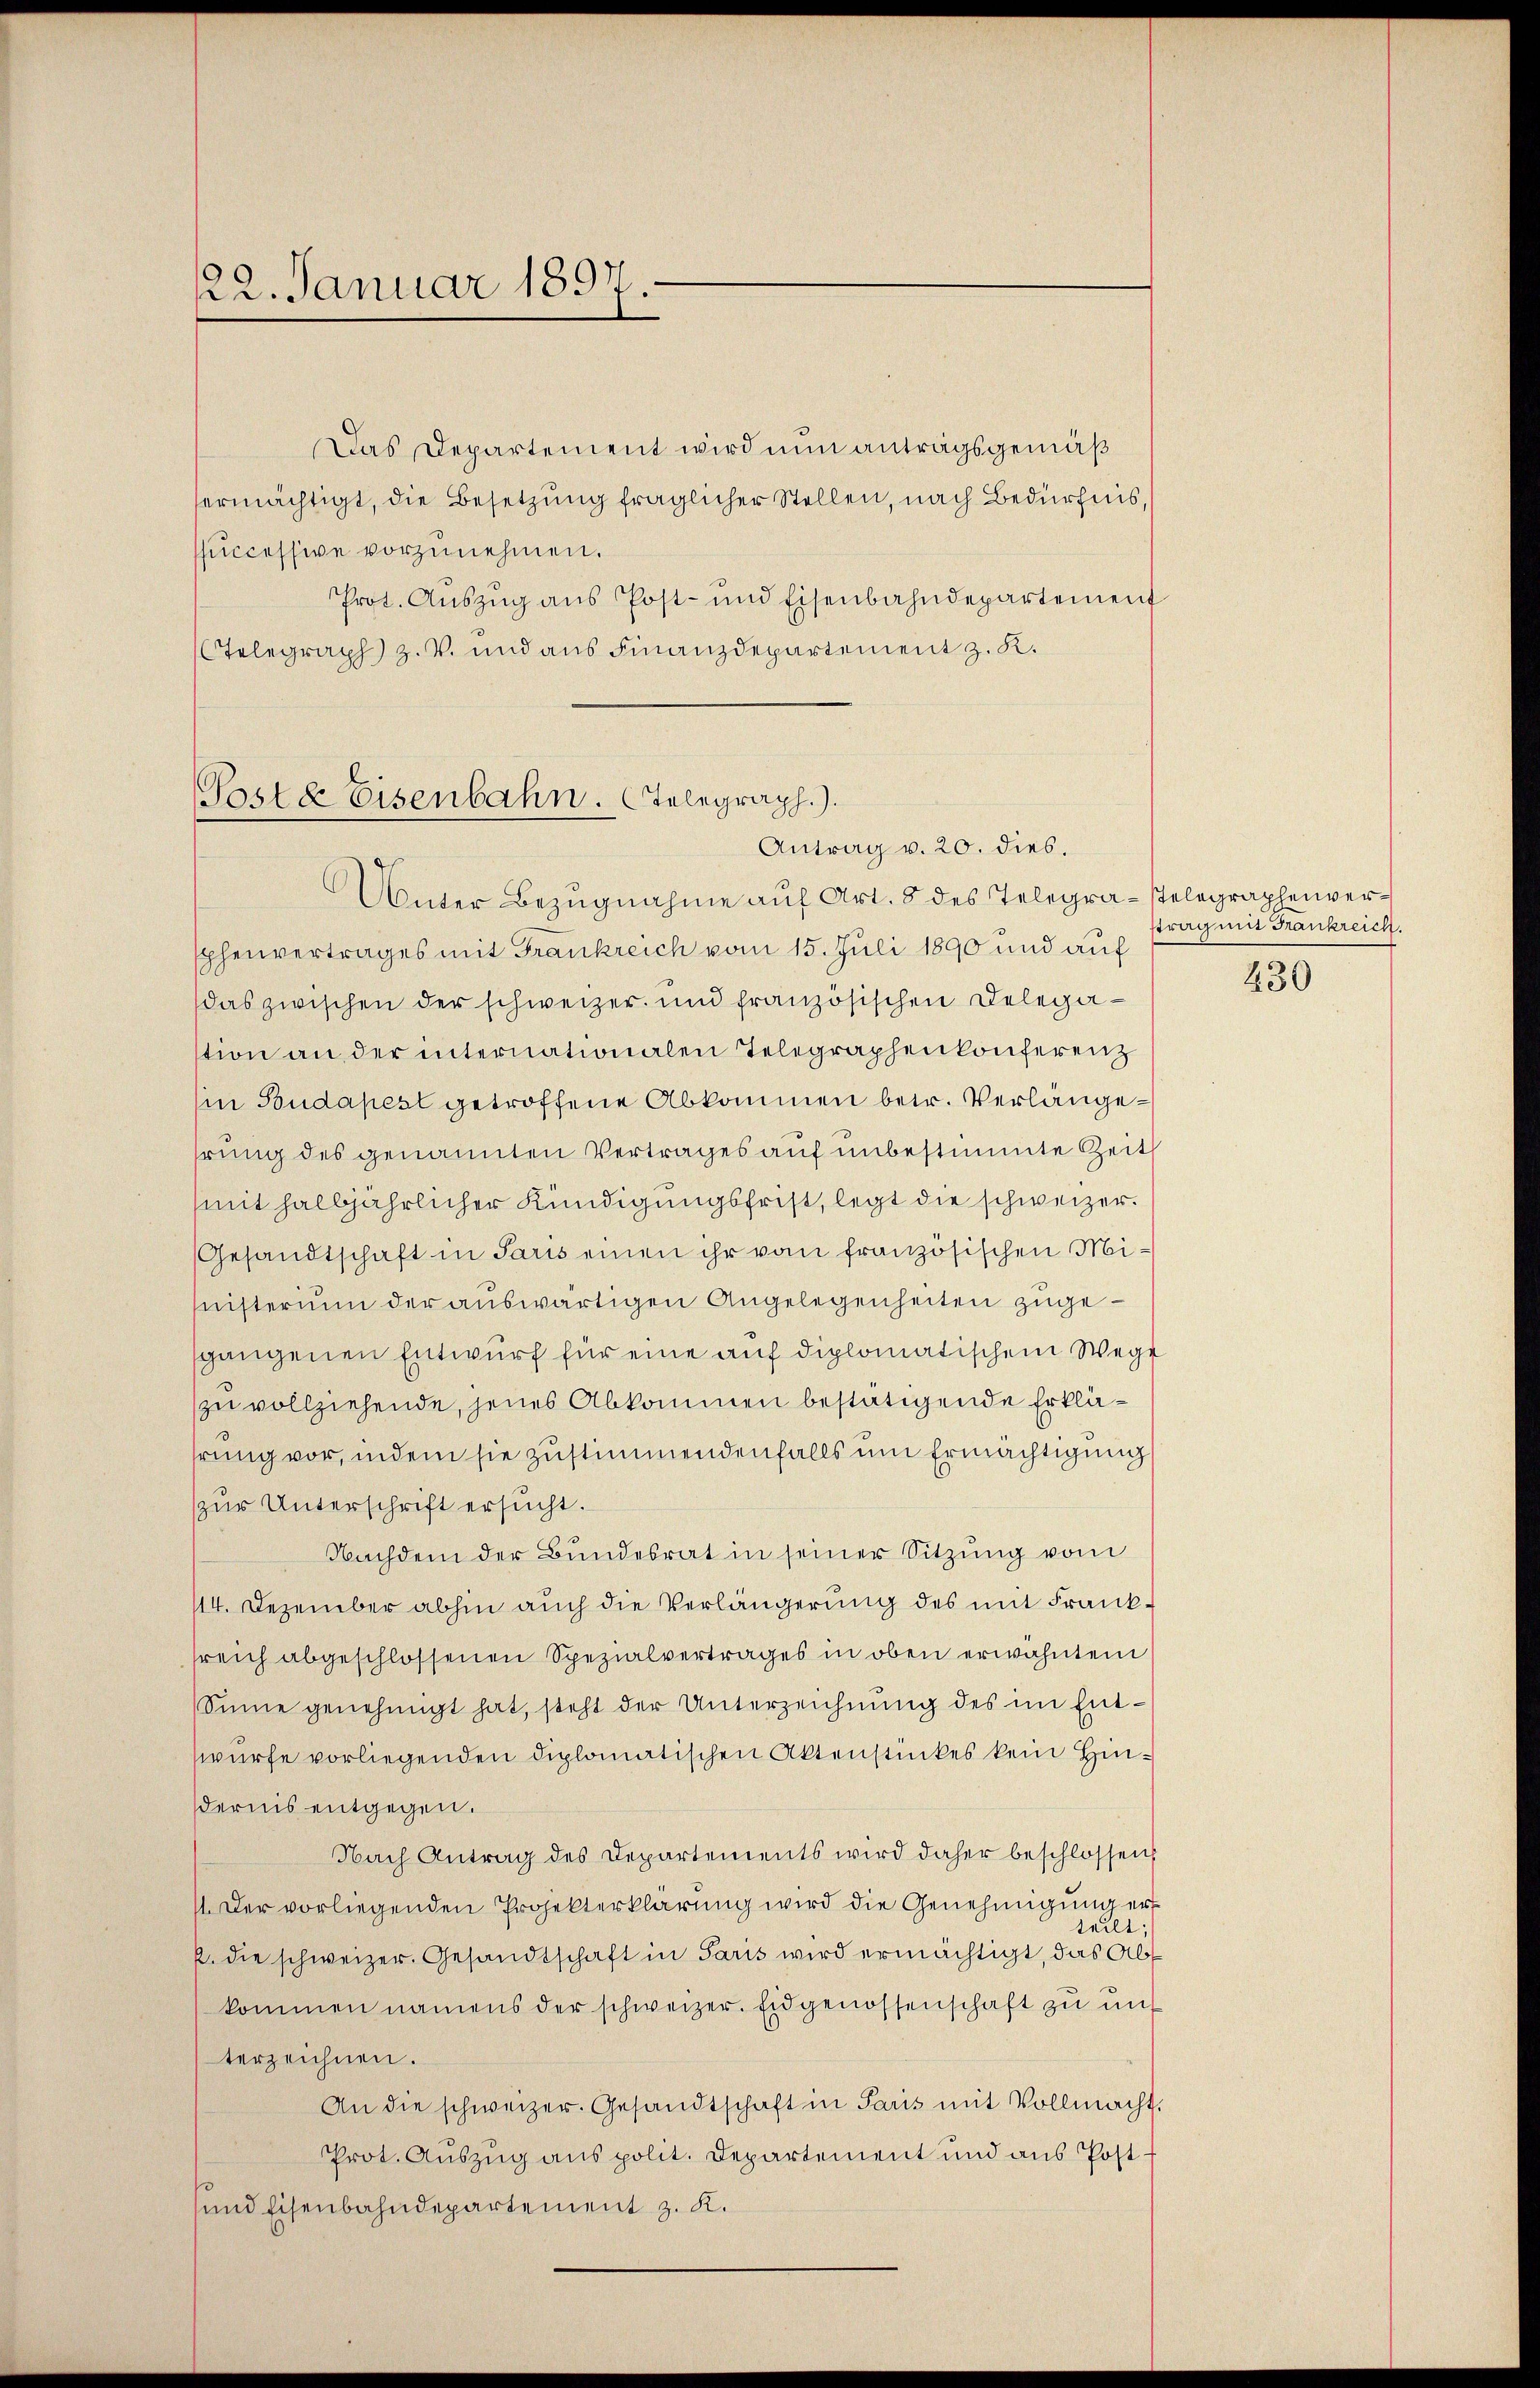
22. Januar 1897.

Das Departement wird nun antragsgemäß
ermächtigt, die Besetzung fraglicher Stellen, nach Bedürfnis,
successive vorzunehmen.
Prot. Auszug aus Post- und Eisenbahndepartement
Telegraph z. V. und aus Finanzdepartement z. K.

Poste Eisenbahn. Telegraph.).
Antrag v. 20. dies.

Unter Bezugnahme auf Art. 8 des Telegra - stelegraphenversphenvertrages mit Grankreich vom 15. Juli 1890 und auf
das zwischen der schweizer und französischen Delegastion an der internationalen Telegraphenkonferenz
(in Budapest getroffene Abkommen betr. Verlängehrung des genannten Vertrages auf unbestimmte Zeit
mit halbjährlicher Kündigungsfrist, legt die schweizer¬
Gesandtschaft in Paris einen ihr vom französischen Ministerium der auswärtigen Angelegenheiten zugesgangenen Entwurf für eine auf diplomatischem Wege
zu vollziehende, jenes Abkommen bestätigende Erklährung vor, indem sie zustimmendenfalls um Ermächtigung
zur Unterschrift ersucht.
Nachdem der Bundesrat in seiner Sitzung vom
114. Dezember abhin auch die Verlängerung des mit Franksreich abgeschlossenen Spezialvertrages in oben erwähntem
Sinne genehmigt hat, steht der Unterzeichnung des im Entwürfe vorliegenden diplomatischen Aktenstückes kein Hindernis entgegen.
Nach Antrag des Departements wird daher beschlossen,
1. Der vorliegenden Projekterklärung wird die Genehmigung erteilt;
p. die schweizer. Gesandtschaft in Paris wird ermächtigt, das Abs
kommen namens der schweizer. Eidgenossenschaft zu uns
terzeichnen.
An die schweizer. Gesandtschaft in Paris mit Vollmacht.
Prot. Auszug aus polit. Departement und aus Post¬
und Eisenbahndepartement z. K.

strag mit Frankreich.
430